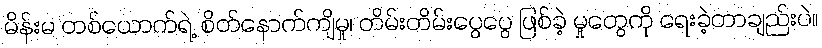
မိန်းမ တစ်ယောက်ရဲ့ စိတ်နောက်ကျိမှု၊ တိမ်းတိမ်းပွေပွေ ဖြစ်ခဲ့ မှုတွေကို ရေးခဲ့တာချည်းပဲ။